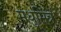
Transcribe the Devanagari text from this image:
मधुमित्र